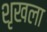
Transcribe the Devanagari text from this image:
शृखला